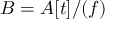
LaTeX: B = A [ t ] / ( f )